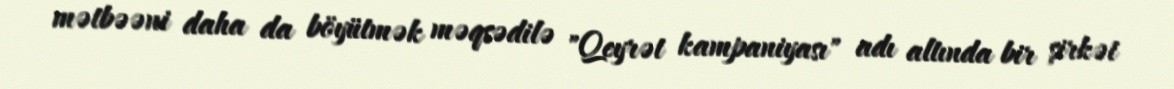
mətbəəni daha da böyütmək məqsədilə "Qeyrət kampaniyası" adı altında bir şirkət